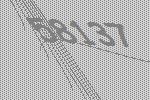
58137